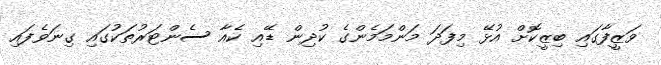
ވަޒީފާގައި ބިޒީކޮށް އުޅޭ މިފަދަ މަންމަމެންގެ ކުދިން ޑޭއި ކެއާ ސެންޓަރުތަކުގައި ގިނަވެފައި